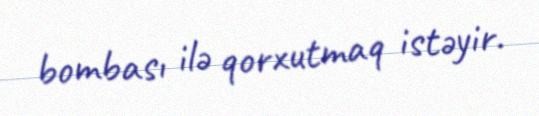
bombası ilə qorxutmaq istəyir.